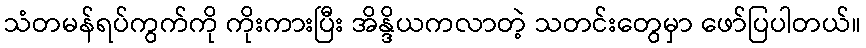
သံတမန်ရပ်ကွက်ကို ကိုးကားပြီး အိန္ဒိယကလာတဲ့ သတင်းတွေမှာ ဖော်ပြပါတယ်။